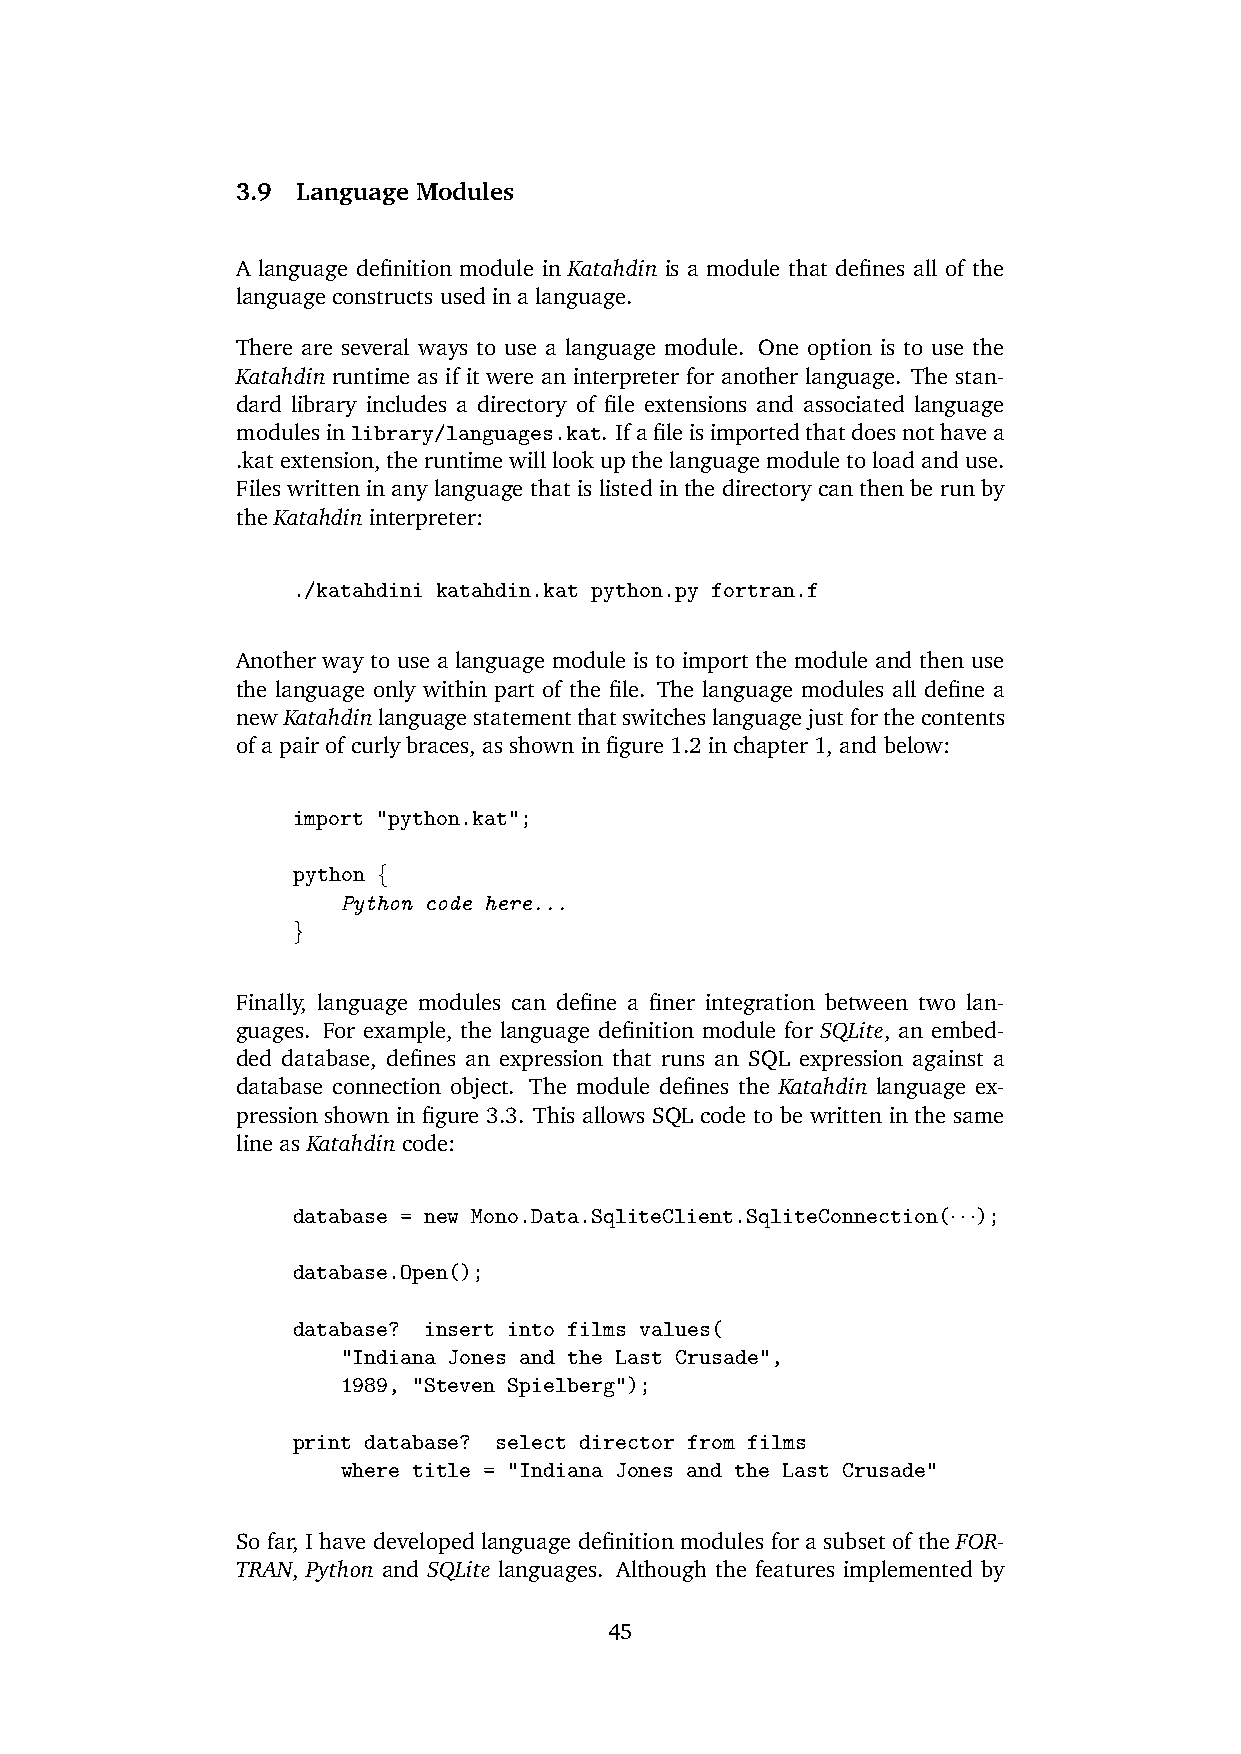
3.9 Language Modules
 A language definition module in Katahdin is a module that defines all of the
 language constructs used in a language.
 There are several ways to use a language module. One option is to use the
 Katahdin runtime as if it were an interpreter for another language. The stan-
 dard library includes a directory of file extensions and associated language
 modulesinlibrary/languages.kat. Ifafileisimportedthatdoesnothavea
 .katextension,theruntimewilllookupthelanguagemoduletoloadanduse.
 Files written in any language that is listed in the directory can then be run by
 the Katahdin interpreter:
 ./katahdini katahdin.kat python.py fortran.f
 Another way to use a language module is to import the module and then use
 the language only within part of the file. The language modules all define a
 newKatahdinlanguagestatementthatswitcheslanguagejustforthecontents
 of a pair of curly braces, as shown in figure 1.2 in chapter 1, and below:
 import "python.kat";
 python {
 Python code here...
 }
 Finally, language modules can define a finer integration between two lan-
 guages. For example, the language definition module for SQLite, an embed-
 ded database, defines an expression that runs an SQL expression against a
 database connection object. The module defines the Katahdin language ex-
 pression shown in figure 3.3. This allows SQL code to be written in the same
 line as Katahdin code:
 database = new Mono.Data.SqliteClient.SqliteConnection(···);
 database.Open();
 database? insert into films values(
 "Indiana Jones and the Last Crusade",
 1989, "Steven Spielberg");
 print database? select director from films
 where title = "Indiana Jones and the Last Crusade"
 So far, I have developed language definition modules for a subset of the FOR-
 TRAN, Python and SQLite languages. Although the features implemented by
 45